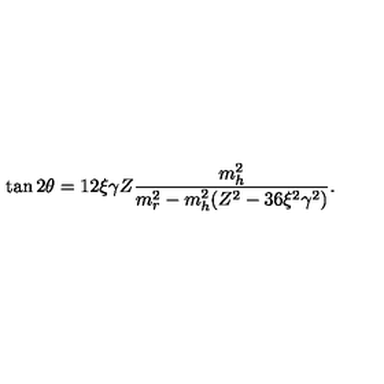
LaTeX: \tan 2 \theta = 1 2 \xi \gamma Z \frac { m _ { h } ^ { 2 } } { m _ { r } ^ { 2 } - m _ { h } ^ { 2 } ( Z ^ { 2 } - 3 6 \xi ^ { 2 } \gamma ^ { 2 } ) } .